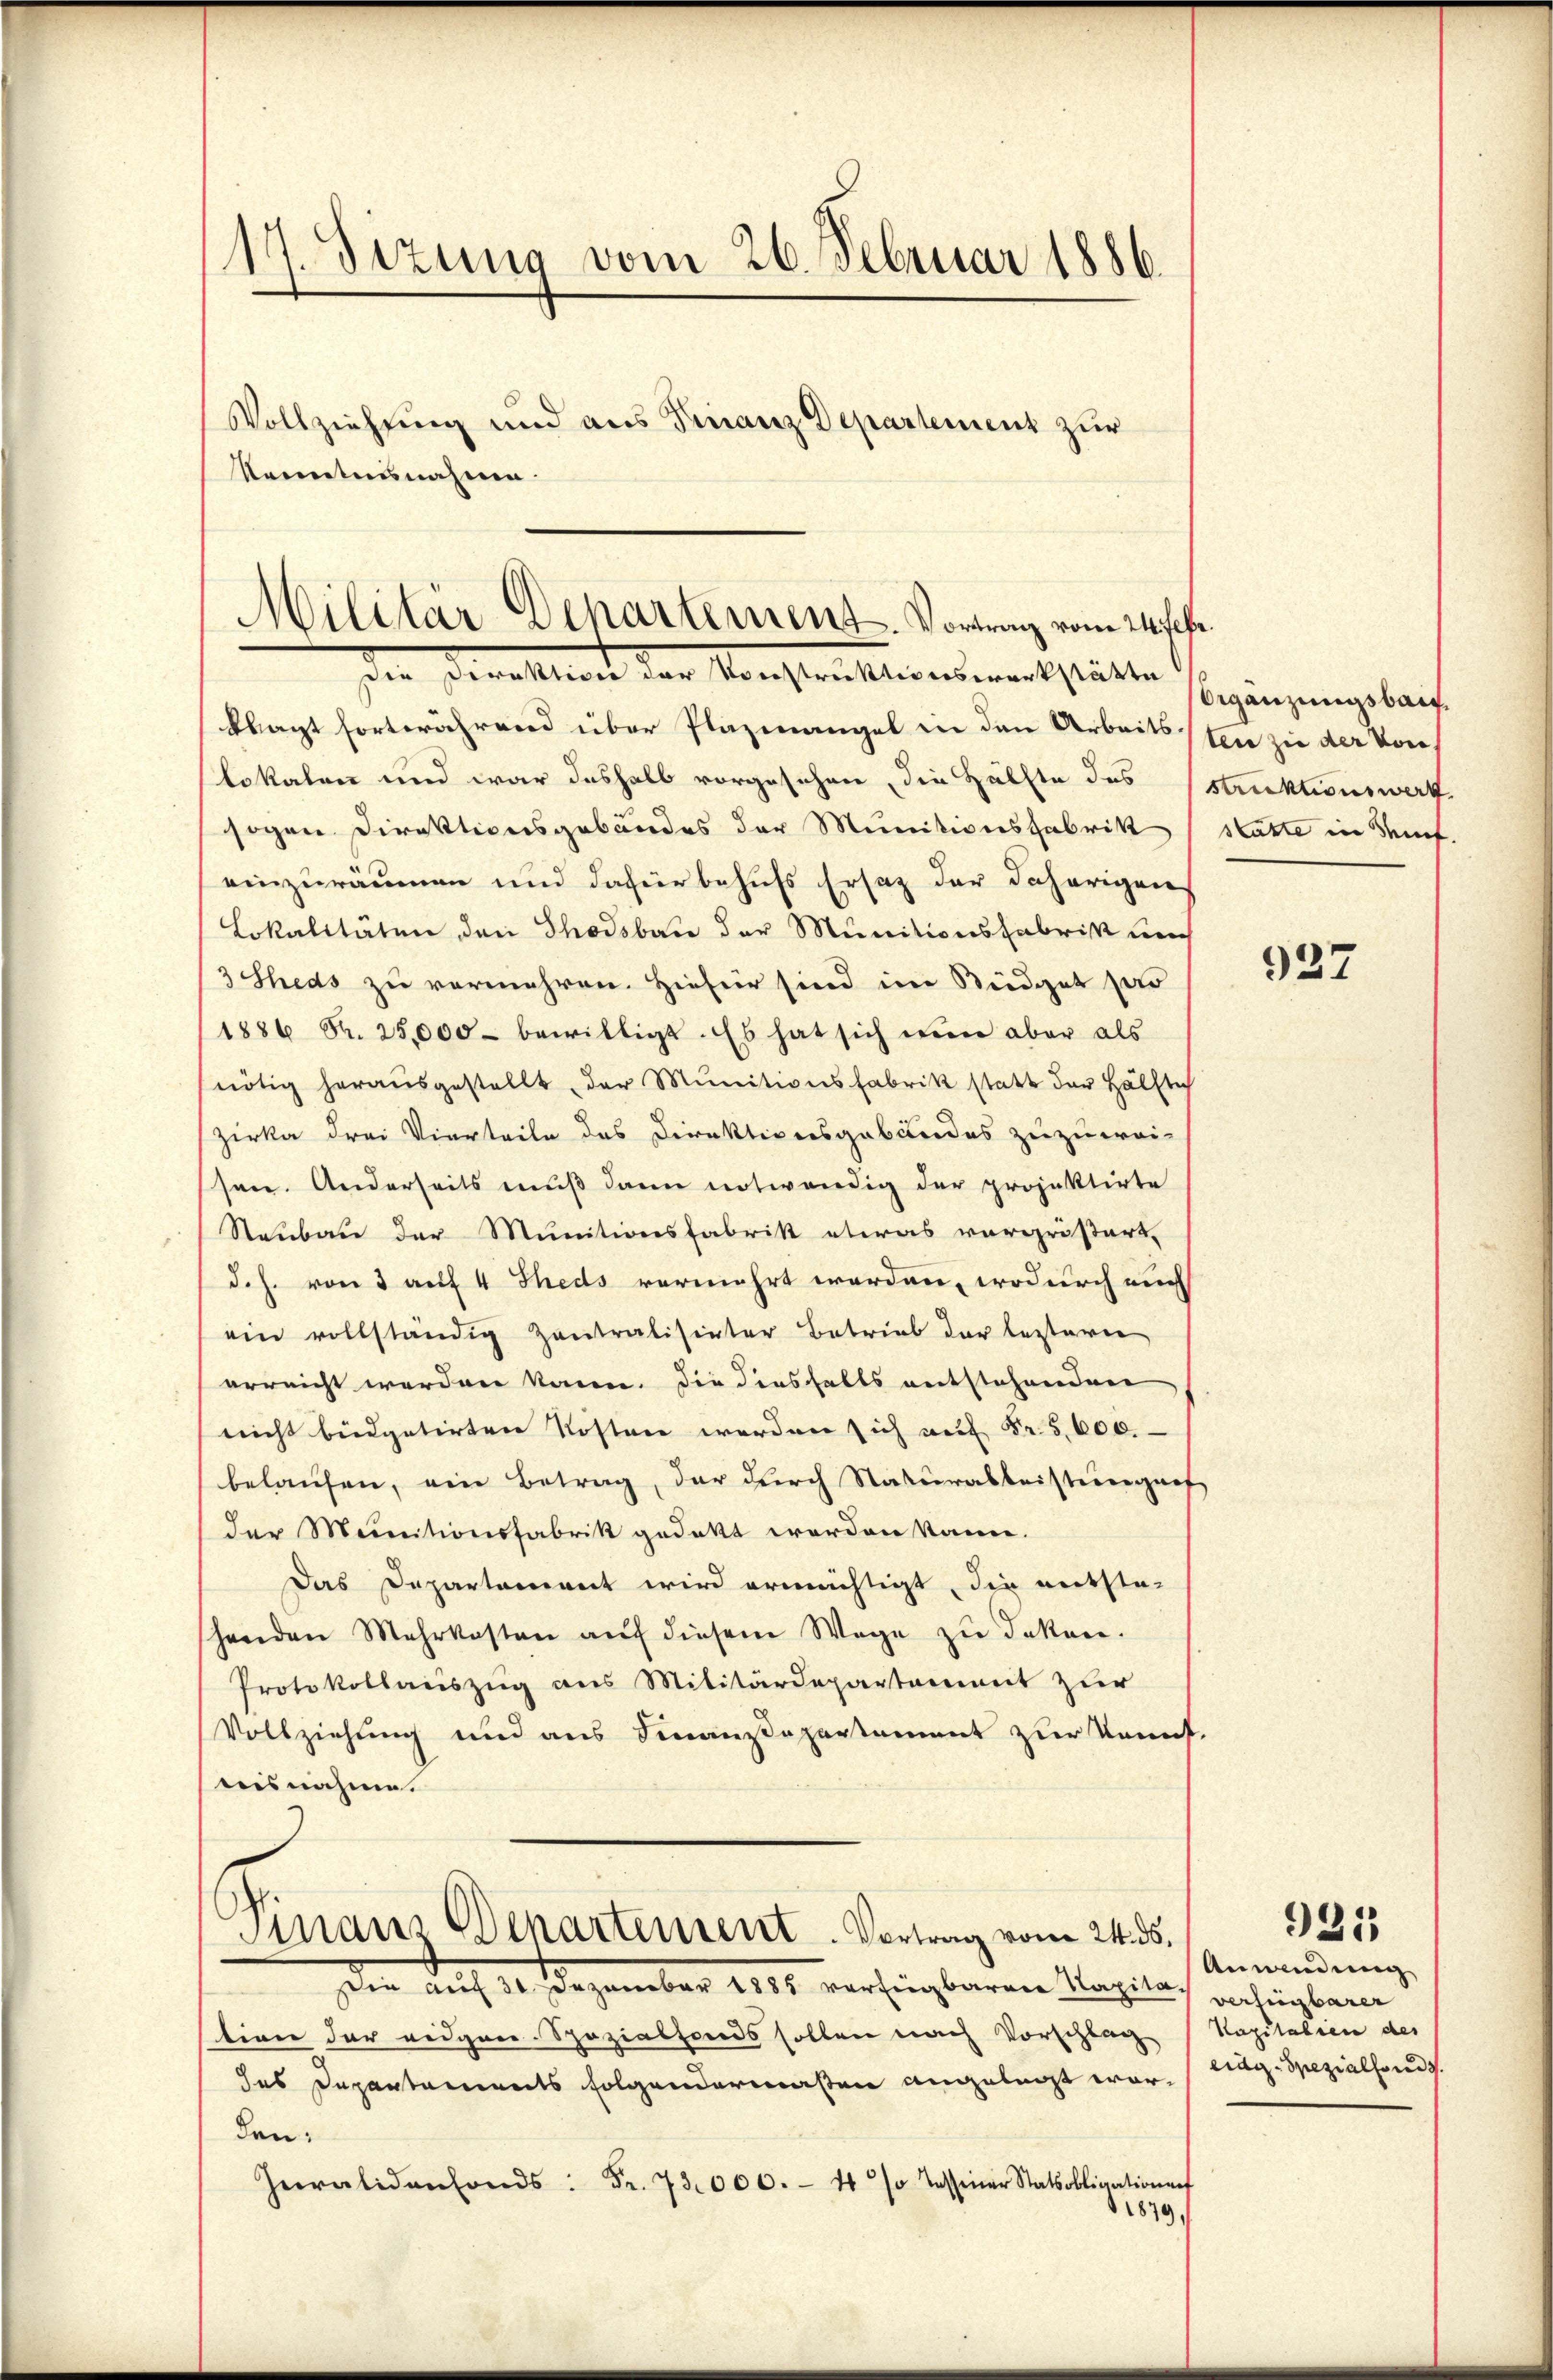
/14 Sizung vom 26. Februar 1886.
Vollziehung und aus Finanz Departement zur
Kenntnisnahme

klagt fortwährend über Plazmangel in den Arbeitssten zu der von
lokalen und war deshalb vorgesehen, die Hälfte des struktionswerk
sogen Direktionsgebäudes der Munitionsfabrik
einzuräumen und dafür behufs Ersatz der daherigen
Lokalitäten den Thodsbau der Munitionsfabrist und
3 Sheds zu vermehren. Hiefür sind in Büdget zus
1886 S. 25,000 bewilligt. Es hat sich nun aber als
nötig heraŭsgestellt, der Munitionsfabrik statt der Hälfte
Zirka drei Vierteile des Direktionsgebäudes zuzuwei-
sen. Anderseits muß dann notwendig der projektirte
Steubau der Munitionsfabrik etwas vergrößert,
(d. h. von 3 auf 4 Theds vermehrt worden, wodurch auc
ein vollständig Zentralisirter Betrieb der lezteren
erreicht werden kann. Die diesfalls entstehenden
nicht büdgetirten Kosten werden sich auf Fr. 5600.
belaufen, ein Betrag, der durch Naturabbeistungens
der Meinitionsfabrik gedekt werden kann.
Das Departement wird ermächtigt, die entsta-
henden Mehrkosten aŭf diesem Wege zŭ deken.
Protokollauszug aus Militärdepartaneit zur
Vollziehung und aus Finanzdepartement zur Kennt-
aisnahme.
Finanz Departement. Vortrag vom 24. ds.
Die auf 30. Dezember 1885 verfügbarere Kapita,
tion der redgaer Spezialfonds sollen nach Vorschlag (Kapitalien des
des Departements folgendermaßen angelegt war. (Tag. Spezialfonds.
den:
Invalidenfonds: Fr. 73000.- 4 % Tassener Statsobligationen
1879,

Militär Departement. Vortrag vom 24ter
Die Direktion der Konstraftwerwerkstätte Ergänzungsbrauch

statte in Stif

927

Anwendung
verfügbarer

921